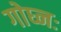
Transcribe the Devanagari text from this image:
गोघ्नः